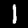
Label: 1